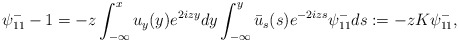
\begin{align*}\psi^-_{11}-1=-z \int_{-\infty}^x u_y(y) e^{2izy} dy \int_{-\infty}^{y} \bar{u}_s(s) e^{-2izs} \psi^-_{11}d s:=-z K \psi^-_{11},\end{align*}